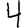
Digit: 4